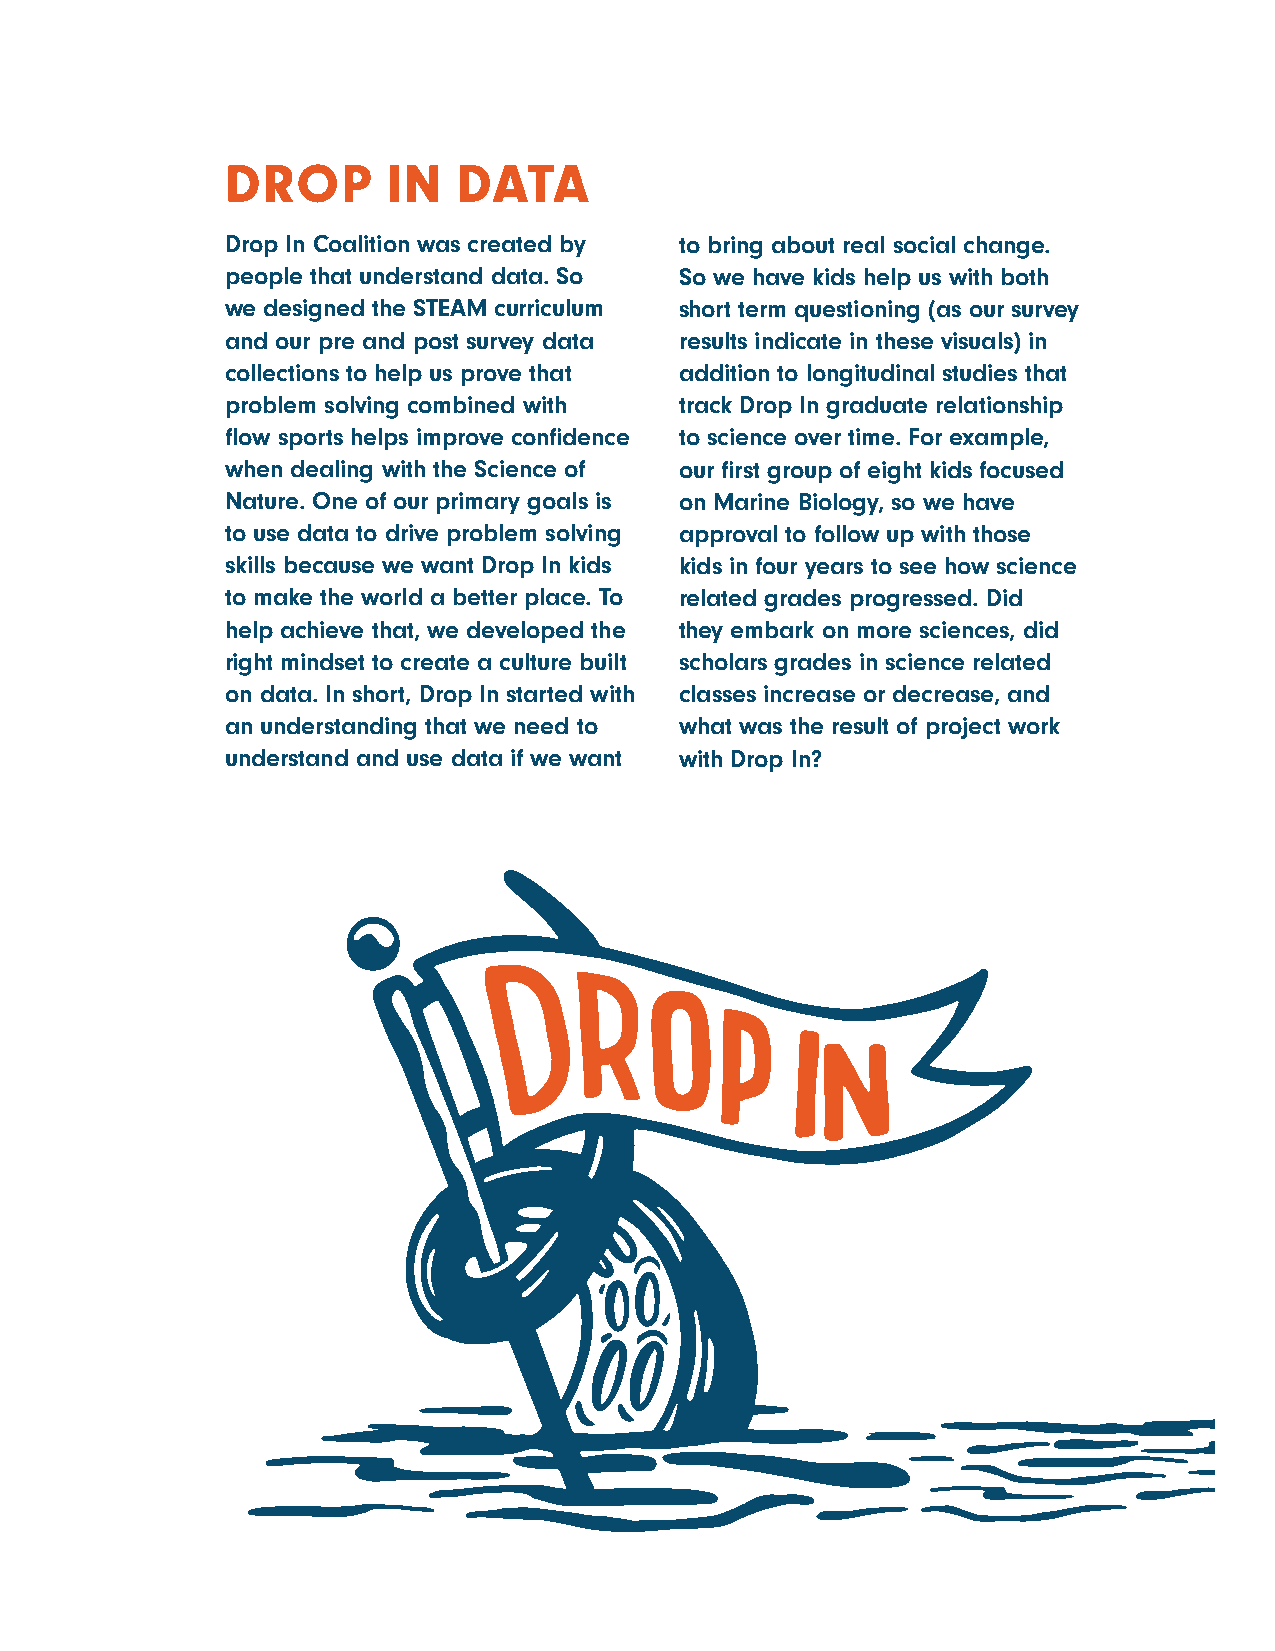
DROP       IN  DATA
 Drop In Coalition was created by to bring about real social change.
 people that understand data. So So we have kids help us with both
 we designed the STEAM curriculum short term questioning (as our survey
 and our pre and post survey data results indicate in these visuals) in
 collections to help us prove that addition to longitudinal studies that
 problem solving combined with track Drop In graduate relationship
 flow sports helps improve confidence to science over time. For example,
 when dealing with the Science of our first group of eight kids focused
 Nature. One of our primary goals is on Marine Biology, so we have
 to use data to drive problem solving approval to follow up with those
 skills because we want Drop In kids kids in four years to see how science
 to make the world a better place. To related grades progressed. Did
 help achieve that, we developed the they embark on more sciences, did
 right mindset to create a culture built scholars grades in science related
 on data. In short, Drop In started with classes increase or decrease, and
 an understanding that we need to what was the result of project work
 understand and use data if we want with Drop In?